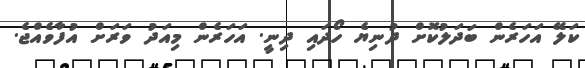
ކަލޭ އަހަރެން ބަދަލުކޮށް ދުނިޔެ ހޯދައި ދިނީ. އަހަރެން މިއަދު ވަރަށް އުފާވެއްޖެ.